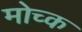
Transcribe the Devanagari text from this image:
मोच्क